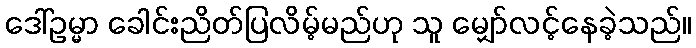
ဒေါ်ဥမ္မာ ခေါင်းညိတ်ပြလိမ့်မည်ဟု သူ မျှော်လင့်နေခဲ့သည်။